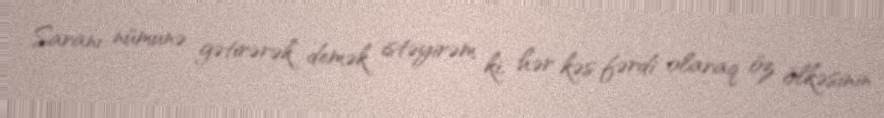
Saranı nümunə gətirərək demək istəyirəm ki, hər kəs fərdi olaraq öz ölkəsinin